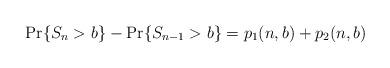
LaTeX: \begin{align*} \Pr\{S_{n} > b\} - \Pr\{S_{n-1} > b\} = p_1(n,b) + p_2(n,b) \end{align*}